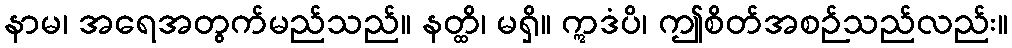
နာမ၊ အရေအတွက်မည်သည်။ နတ္ထိ၊ မရှိ။ ဣဒံပိ၊ ဤစိတ်အစဉ်သည်လည်း။